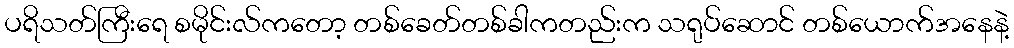
ပရိသတ်ကြီးရေ စမိုင်းလ်ကတော့ တစ်ခေတ်တစ်ခါကတည်းက သရုပ်ဆောင် တစ်ယောက်အနေနဲ့